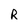
Character: R